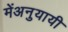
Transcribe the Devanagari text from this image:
मेंअनुयायी